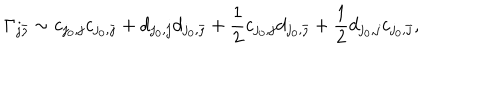
\Gamma _ { j \bar { \jmath } } \sim c _ { j _ { 0 } , j } c _ { j _ { 0 } , \bar { \jmath } } + d _ { j _ { 0 } , j } d _ { j _ { 0 } , \bar { \jmath } } + \frac { 1 } { 2 } c _ { j _ { 0 } , j } d _ { j _ { 0 } , \bar { \jmath } } + \frac { 1 } { 2 } d _ { j _ { 0 } , j } c _ { j _ { 0 } , \bar { \jmath } } ,